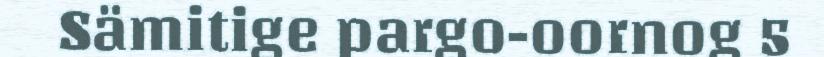
Sämitige pargo-oornog 5